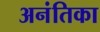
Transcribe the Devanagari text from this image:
अनंतिका